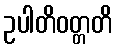
ဥပါတိဝတ္တတိ